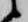
候